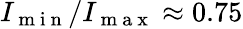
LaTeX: I_{\mathrm{~m~i~n~}}/I_{\mathrm{~m~a~x~}}\approx 0.75